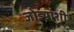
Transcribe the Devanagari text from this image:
जोड्यांशी